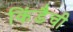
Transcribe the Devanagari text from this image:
किंडैची